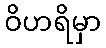
ဝိဟရိမှာ